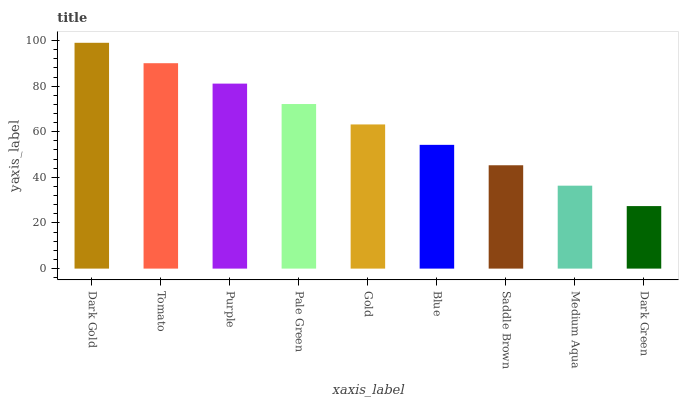
| xaxis_label | bars |
 | --- | --- |
 | Dark Gold | 99 |
 | Tomato | 90.1 |
 | Purple | 81.1 |
 | Pale Green | 72.2 |
 | Gold | 63.2 |
 | Blue | 54.3 |
 | Saddle Brown | 45.3 |
 | Medium Aqua | 36.4 |
 | Dark Green | 27.4 |